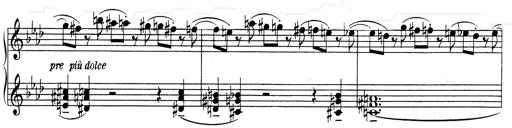
Title: Weinen, Klagen, Sorgen, Zagen
Composer: Franz Liszt